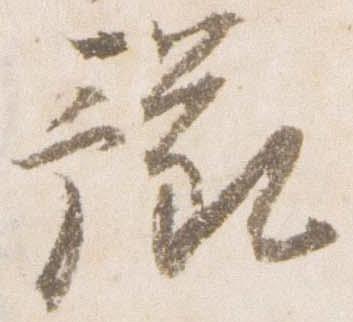
豫